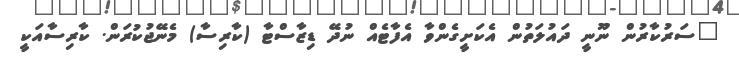
"ސަރުކާރުން ނޫނީ ދައުލަތުން އެކަށީގެންވާ އެފާޓެއް ނުދޭ ޑިޒާސްޓާ (ކާރިސާ) މެނޭޖުކުރަން. ކާރިސާއަކީ